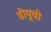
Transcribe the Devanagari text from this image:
डीयूबी